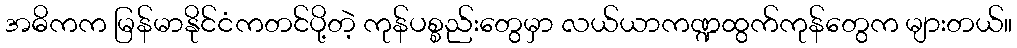
အဓိကက မြန်မာနိုင်ငံကတင်ပို့တဲ့ ကုန်ပစ္စည်းတွေမှာ လယ်ယာကဏ္ဍထွက်ကုန်တွေက များတယ်။